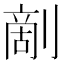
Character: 𠞶